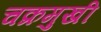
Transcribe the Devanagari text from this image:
चक्रमुखी